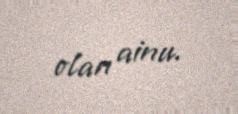
olan ainu.